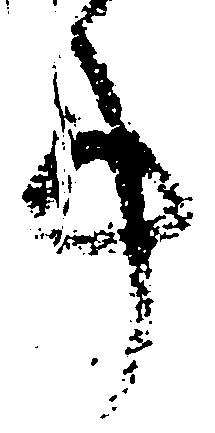
事